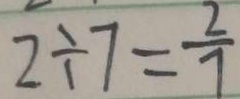
2 \div 7 = \frac { 2 } { 7 }